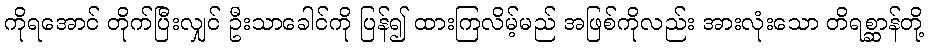
ကိုရအောင် တိုက်ပြီးလျှင် ဦးသာခေါင်ကို ပြန်၍ ထားကြလိမ့်မည် အဖြစ်ကိုလည်း အားလုံးသော တိရစ္ဆာန်တို့